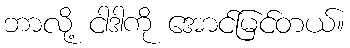
ဘာလို့ ငါဒါကို အောင်မြင်တယ်။